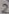
Text: 2